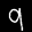
Label: 9